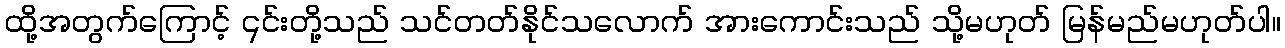
ထို့အတွက်ကြောင့် ၎င်းတို့သည် သင်တတ်နိုင်သလောက် အားကောင်းသည် သို့မဟုတ် မြန်မည်မဟုတ်ပါ။